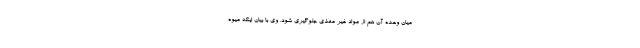
میان وعده آن هم از مواد غیر مغذی جلوگیری شود. وی با بیان اینکه میوه